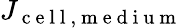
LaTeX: J_{\mathrm{~c~e~l~l~,~m~e~d~i~u~m~}}